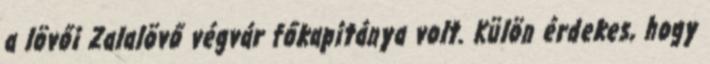
a lövői Zalalövő végvár főkapitánya volt. Külön érdekes, hogy